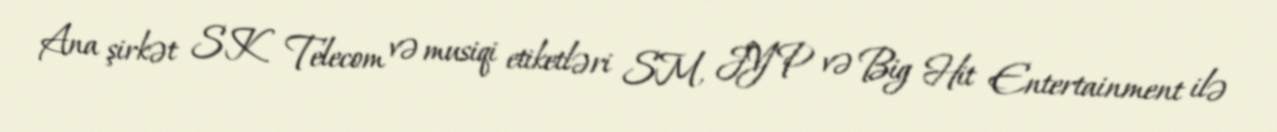
Ana şirkət SK Telecom və musiqi etiketləri SM, JYP və Big Hit Entertainment ilə